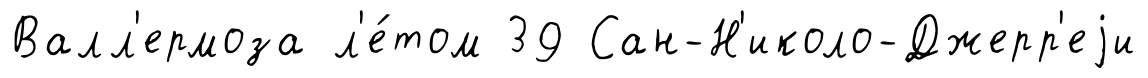
Валл'ермоза л'е́том 39 Сан-Н'иколо-Джерр'еjи